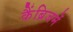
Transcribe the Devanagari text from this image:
कैंब्रिजमें